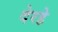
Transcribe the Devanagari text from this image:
देरहे